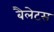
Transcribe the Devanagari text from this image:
बैलेट्स